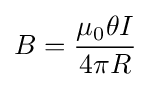
B={\mu _{0}\theta I \over 4\pi R}